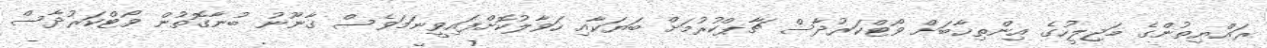
ރައްޔިތުންގެ މަޖިލީހުގެ އިންތިޚާބަށް ވޯޓްކަރުދާސް ޗާޕްކުރުމަށް ބަޔަކާއި ހަވާލުކޮށްފައިވީނަމަވެސް ގާނޫނު ބުނާގޮތުން ވޯޓްކަރުދާސް